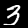
Digit: 3